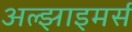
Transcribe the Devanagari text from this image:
अल्झाइमर्स